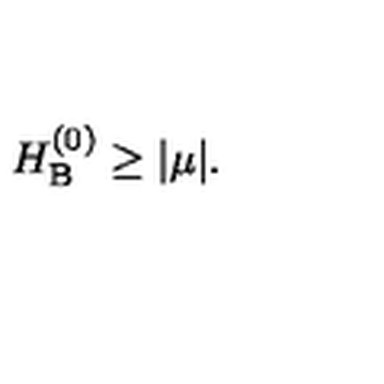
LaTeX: H _ { \mathrm { B } } ^ { ( 0 ) } \geq | \mu | .